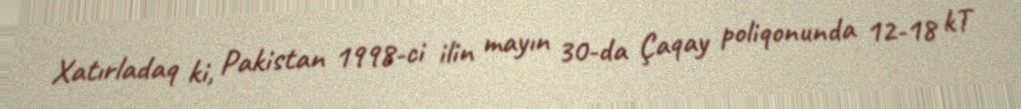
Xatırladaq ki, Pakistan 1998-ci ilin mayın 30-da Çaqay poliqonunda 12-18 kT